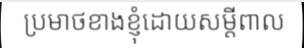
ប្រមាថខាងខ្ញុំដោយសម្តីពាល